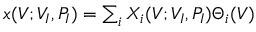
\begin{array} { r } { x ( V ; V _ { I } , P _ { I } ) = \sum _ { i } X _ { i } ( V ; V _ { I } , P _ { I } ) \Theta _ { i } ( V ) } \end{array}